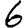
Digit: 6